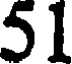
51